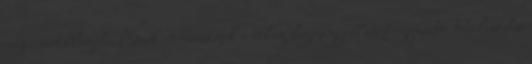
napicsart.blog.hu Ezek az országok a világ legnagyobb sörfogyasztói totalcar.hu